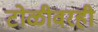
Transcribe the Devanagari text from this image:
टोळीवरही